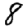
Digit: 8